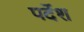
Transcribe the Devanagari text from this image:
पर्देश